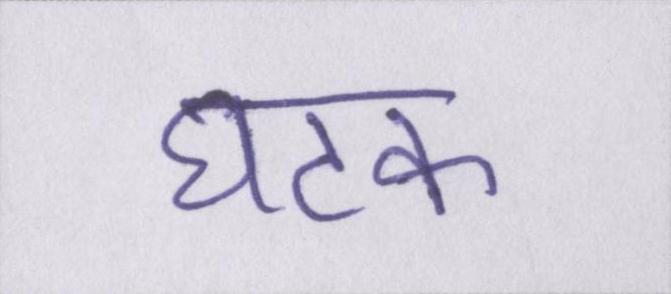
घटक